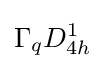
\Gamma _{q}D_{4h}^{1}